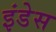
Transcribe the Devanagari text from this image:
इंडेस